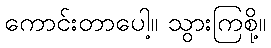
ကောင်းတာပေါ့။ သွားကြစို့။